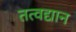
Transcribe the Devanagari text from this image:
तत्वद्यान